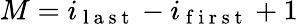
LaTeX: M=i_{\mathrm{~l~a~s~t~}}-i_{\mathrm{~f~i~r~s~t~}}+1